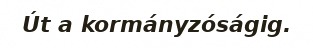
Út a kormányzóságig.